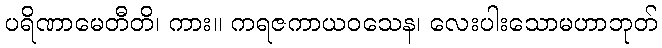
ပရိဏာမေတီတိ၊ ကား။ ကရဇကာယဝသေန၊ လေးပါးသောမဟာဘုတ်